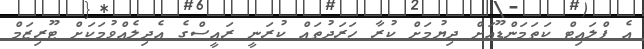
އެ ފްލައިޓް ކަތަމަންޑޫއަށް ދިޔުމަށް ކުރާ ހަރަދުތައް ކުރަނީ ރައީސްގެ އެދިލެއްވުމަކަށް ޓޫރިޒަމް